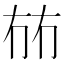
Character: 𭁤